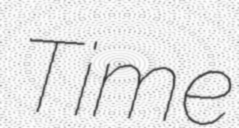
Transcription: Time